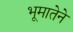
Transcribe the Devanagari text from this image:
भूमातेने